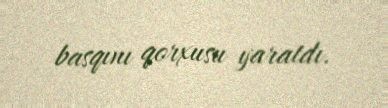
basqını qorxusu yaratdı.